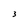
Character: 3